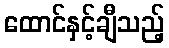
ထောင်နှင့်ချီသည့်